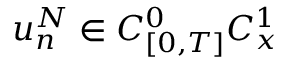
u _ { n } ^ { N } \in C _ { [ 0 , T ] } ^ { 0 } C _ { x } ^ { 1 }